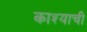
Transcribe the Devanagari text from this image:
काश्याची